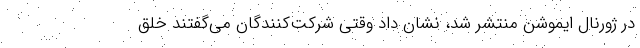
در ژورنال ایموشن منتشر شد، نشان داد وقتی شرکت‌کنندگان می‌گفتند خلق